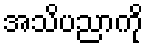
အသိပညာကို